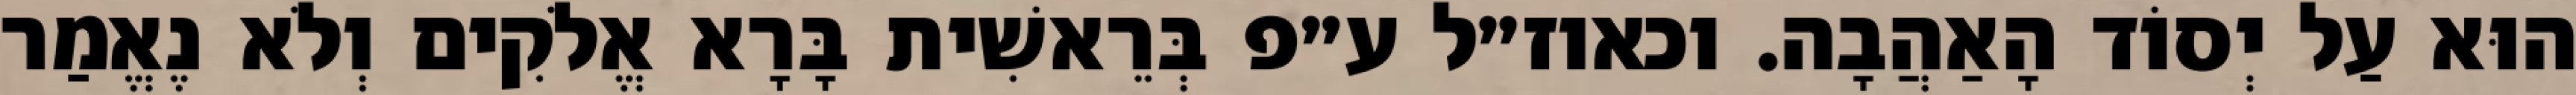
הוּא עַל יְסוֹד הָאַהֲבָה. וכאוז״ל ע״פ בְּרֵאשִׁית בָּרָא אֱלֹקִים וְלֹא נֶאֱמַר